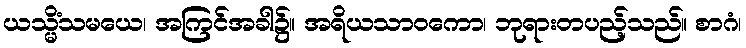
ယသ္မိံသမယေ၊ အကြင်အခါ၌။ အရိယသာဝကော၊ ဘုရားတပည့်သည်။ စာဂံ၊